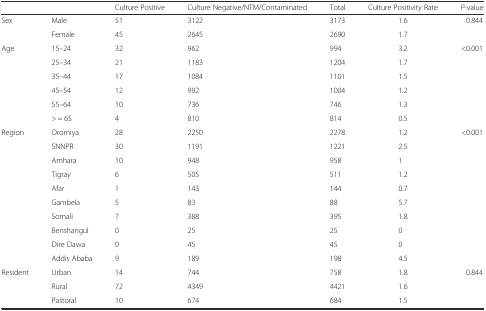
|  |  | Culture Positive | Culture Negative/NTM/Contaminated | Total | Culture Positivity Rate | P-value |
 | --- | --- | --- | --- | --- | --- | --- |
 | Sex | Male | 51 | 3122 | 3173 | 1.6 | 0.844 |
 |  | Female | 45 | 2645 | 2690 | 1.7 |  |
 | Age | 15–24 | 32 | 962 | 994 | 3.2 | <0.001 |
 |  | 25–34 | 21 | 1183 | 1204 | 1.7 |  |
 |  | 35–44 | 17 | 1084 | 1101 | 1.5 |  |
 |  | 45–54 | 12 | 992 | 1004 | 1.2 |  |
 |  | 55–64 | 10 | 736 | 746 | 1.3 |  |
 |  | > = 65 | 4 | 810 | 814 | 0.5 |  |
 | Region | Oromiya | 28 | 2250 | 2278 | 1.2 | <0.001 |
 |  | SNNPR | 30 | 1191 | 1221 | 2.5 |  |
 |  | Amhara | 10 | 948 | 958 | 1 |  |
 |  | Tigray | 6 | 505 | 511 | 1.2 |  |
 |  | Afar | 1 | 143 | 144 | 0.7 |  |
 |  | Gambela | 5 | 83 | 88 | 5.7 |  |
 |  | Somali | 7 | 388 | 395 | 1.8 |  |
 |  | Benshangul | 0 | 25 | 25 | 0 |  |
 |  | Dire Dawa | 0 | 45 | 45 | 0 |  |
 |  | Addis Ababa | 9 | 189 | 198 | 4.5 |  |
 | Resident | Urban | 14 | 744 | 758 | 1.8 | 0.844 |
 |  | Rural | 72 | 4349 | 4421 | 1.6 |  |
 |  | Pastoral | 10 | 674 | 684 | 1.5 |  |